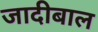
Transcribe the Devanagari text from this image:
जादीबाल